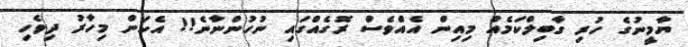
ޔާމީނުގެ ހުރި ގާބިލްކަމެއް މިއިން އެއްވެސް ރޮގެއްގައި ނުހުންނާނެ!! އެކަން މިހާރު ދިވެހި